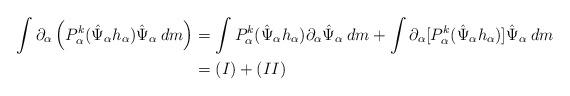
LaTeX: \begin{align*}\int \partial_{\alpha}\left(P_{\alpha}^k(\hat \Psi_{\alpha} h_{\alpha}) \hat \Psi_{\alpha} \: dm \right) &= \int P_{\alpha}^k(\hat \Psi_{\alpha} h_{\alpha}) \partial_{\alpha}\hat \Psi_{\alpha} \: dm + \int \partial_{\alpha}[P_{\alpha}^k(\hat \Psi_{\alpha} h_{\alpha})] \hat \Psi_{\alpha} \: dm \\&=(I) + (II)\end{align*}